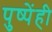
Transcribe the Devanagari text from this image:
पुष्पेंही